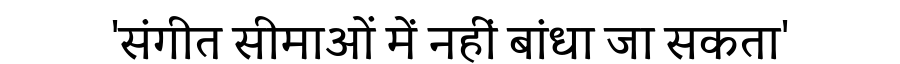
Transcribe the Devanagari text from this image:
'संगीत सीमाओं में नहीं बांधा जा सकता'